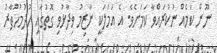
ނޫން ކަމެއް ނުކުރައްވާ ކަމަށެވެ. އެ އަމަލަކީ ނާޒިމު ވިދާޅުވި ގޮތުގައި ހުދުމުހުތާރު